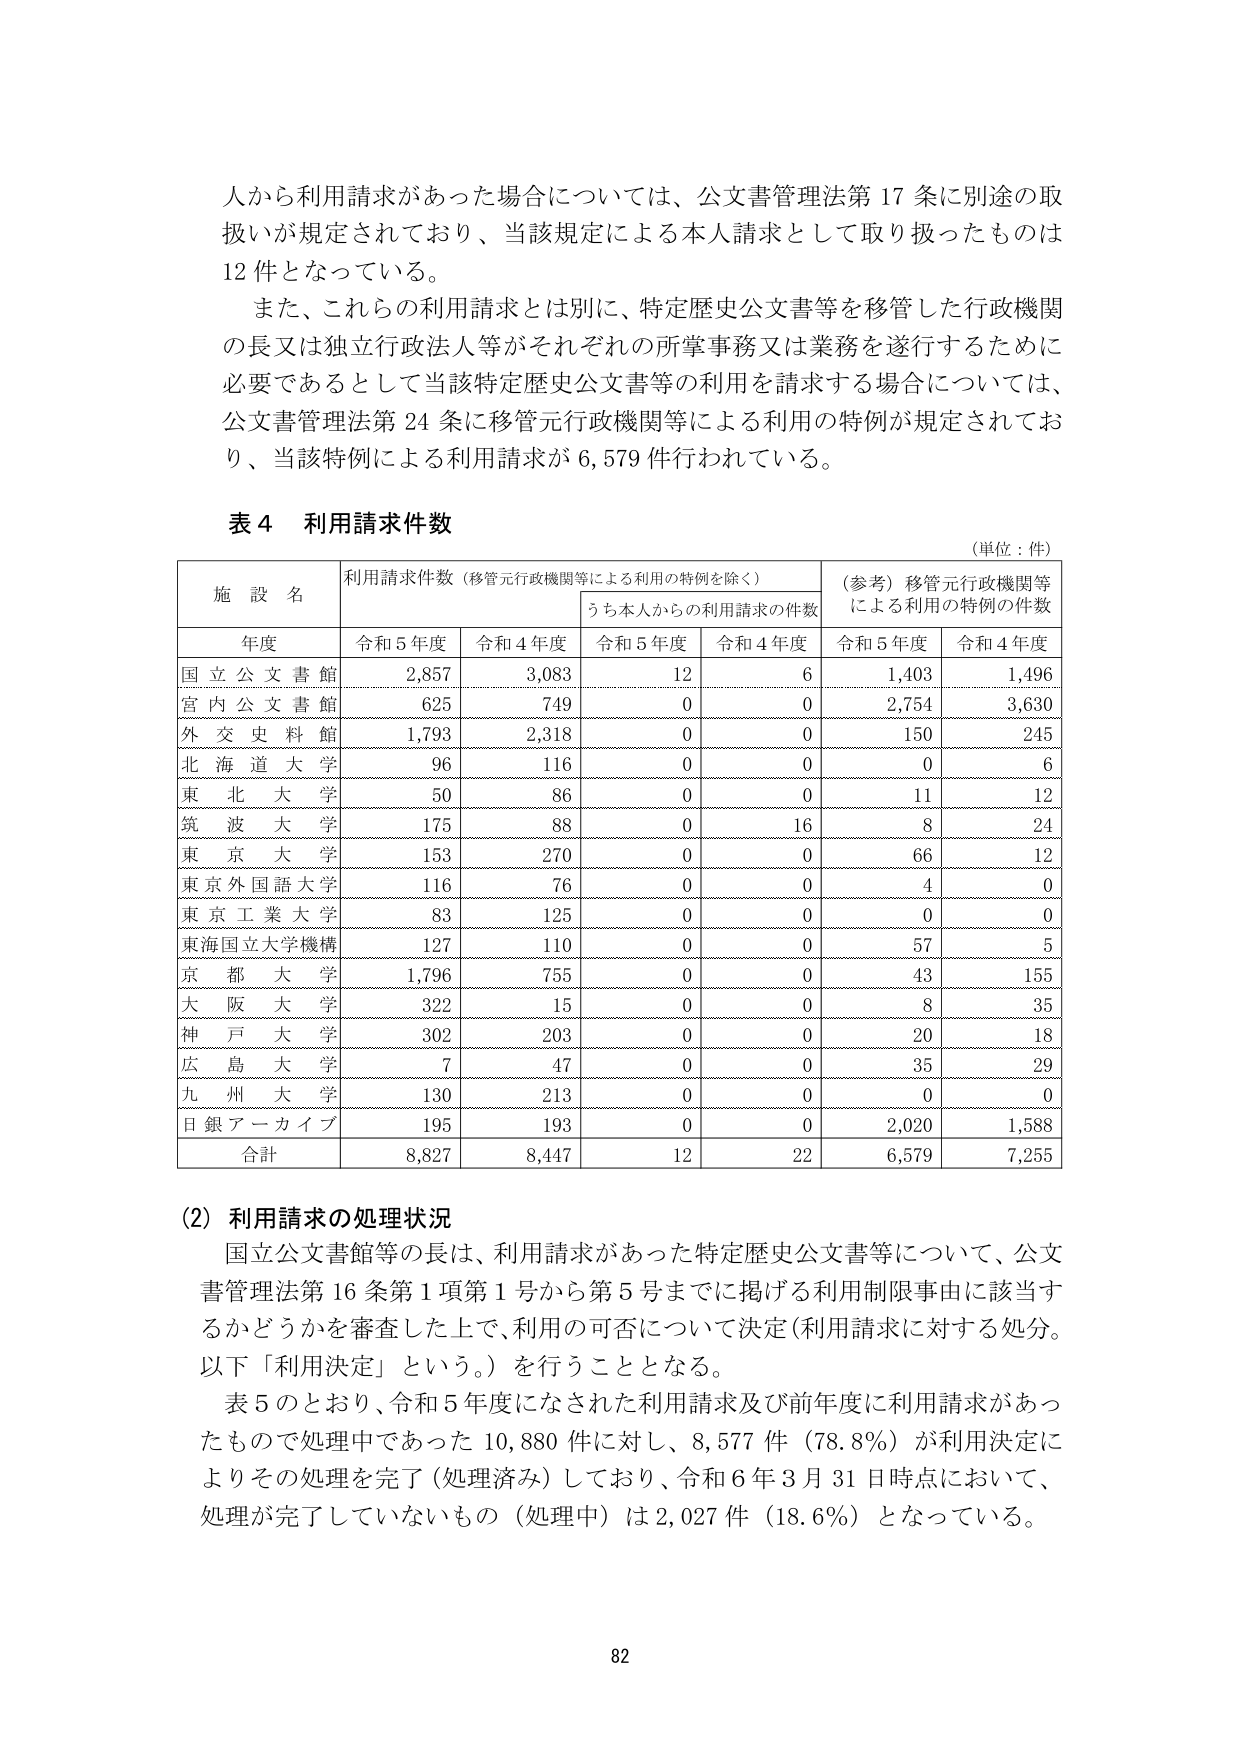
人から利用請求があった場合については、公文書管理法第17条に別途の取扱いが規定されており、当該規定による本人請求として取り扱ったものは12件となっている。

また、これらの利用請求とは別に、特定歴史公文書等を移管した行政機関の長又は独立行政法人等がそれぞれの所掌事務又は業務を遂行するために必要であるとして当該特定歴史公文書等の利用を請求する場合については、公文書管理法第24条に移管元行政機関等による利用の特例が規定されており、当該特例による利用請求が6,579件行われている。

表4 利用請求件数
（単位：件）

施設名 | 利用請求件数（移管元行政機関等による利用の特例を除く） | （参考）移管元行政機関等による利用の特例の件数
--- | --- | ---
年度 | 令和5年度 | 令和4年度 | うち本人からの利用請求の件数 | 令和5年度 | 令和4年度 | 令和5年度 | 令和4年度
国立公文書館 | 2,857 | 3,083 | 12 | 6 | 1,403 | 1,496
宮内公文書館 | 625 | 749 | 0 | 0 | 2,754 | 3,630
外交史料館 | 1,793 | 2,318 | 0 | 0 | 150 | 245
北海道大学 | 96 | 116 | 0 | 0 | 0 | 6
東北大学 | 50 | 86 | 0 | 0 | 11 | 12
筑波大学 | 175 | 88 | 0 | 16 | 8 | 24
東京大学 | 153 | 270 | 0 | 0 | 66 | 12
東京外国語大学 | 116 | 76 | 0 | 0 | 4 | 0
東京工業大学 | 83 | 125 | 0 | 0 | 0 | 0
東海国立大学機構 | 127 | 110 | 0 | 0 | 57 | 5
京都大学 | 1,796 | 755 | 0 | 0 | 43 | 155
大阪大学 | 322 | 15 | 0 | 0 | 8 | 35
神戸大学 | 302 | 203 | 0 | 0 | 20 | 18
広島大学 | 7 | 47 | 0 | 0 | 35 | 29
九州大学 | 130 | 213 | 0 | 0 | 0 | 0
日銀アーカイブ | 195 | 193 | 0 | 0 | 2,020 | 1,588
合計 | 8,827 | 8,447 | 12 | 22 | 6,579 | 7,255

（2）利用請求の処理状況
国立公文書館等の長は、利用請求があった特定歴史公文書等について、公文書管理法第16条第1項第1号から第5号までに掲げる利用制限事由に該当するかどうかを審査した上で、利用の可否について決定（利用請求に対する処分。以下「利用決定」という。）を行うこととなる。

表5のとおり、令和5年度になされた利用請求及び前年度に利用請求があったもので処理中であった10,880件に対し、8,577件（78.8％）が利用決定によりその処理を完了（処理済み）しており、令和6年3月31日時点において、処理が完了していないもの（処理中）は2,027件（18.6％）となっている。

82